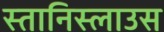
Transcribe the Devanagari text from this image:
स्तानिस्लाउस